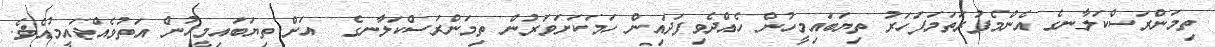
ތިމަންރަސްކަލާނގެ އެންމެފުރަތަމަފަހަރު ތިޔަބައިމީހުން ހެއްދެވިފަދައިން ހަމަކަށަވަރުން ތިމަންރަސްކަލާނގެ  އަށް ތިޔަބައިމީހުން އަތުވެއްޖައީމުއެވެ.